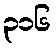
၃၁၆